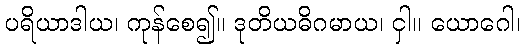
ပရိယာဒါယ၊ ကုန်စေ၍။ ဒုတိယဓိဂမာယ၊ ငှါ။ ယောဂေါ၊